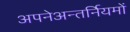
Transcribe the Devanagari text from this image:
अपनेअन्तर्नियमों